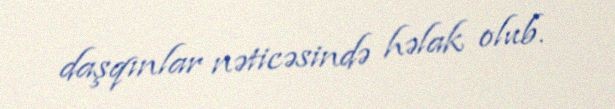
daşqınlar nəticəsində həlak olub.